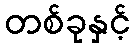
တစ်ခုနှင့်